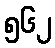
၅၆၂